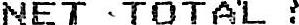
NET TOTAL :